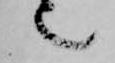
也